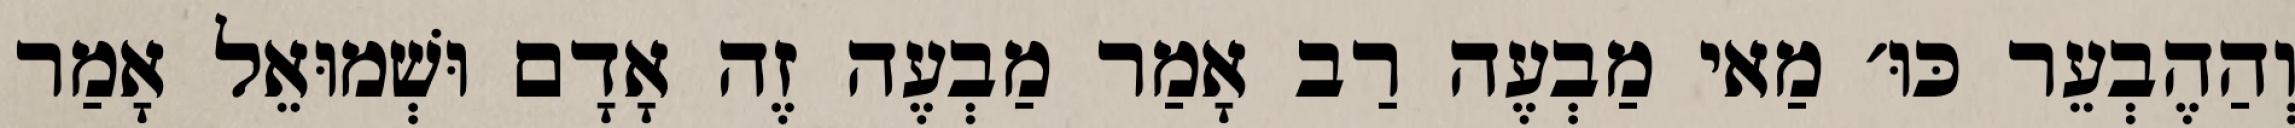
וְהַהֶבְעֵר כּוּ׳ מַאי מַבְעֶה רַב אָמַר מַבְעֶה זֶה אָדָם וּשְׁמוּאֵל אָמַר